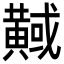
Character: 𪏇